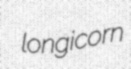
longicorn